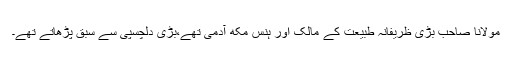
مولانا صاحب بڑی ظریفانہ طبیعت کے مالک اور ہنس مکھ آدمی تھے،بڑی دلچسپی سے سبق پڑھاتے تھے۔